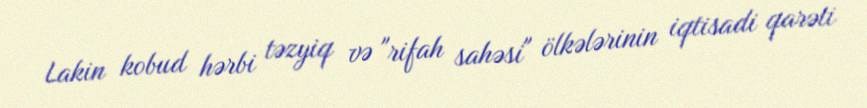
Lakin kobud hərbi təzyiq və "rifah sahəsi" ölkələrinin iqtisadi qarəti